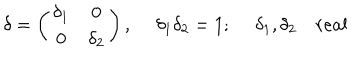
LaTeX: \delta = \left( \begin{array} { c c } { { \delta _ { 1 } } } & { { 0 } } \\ { { 0 } } & { { \delta _ { 2 } } } \\ \end{array} \right) , ~ ~ \delta _ { 1 } \delta _ { 2 } = 1 ; ~ ~ \delta _ { 1 } , \delta _ { 2 } ~ r e a l